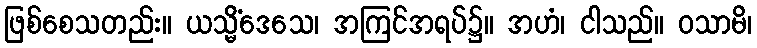
ဖြစ်စေသတည်း။ ယသ္မိံဒေသေ၊ အကြင်အရပ်၌။ အဟံ၊ ငါသည်။ ဝသာမိ၊